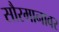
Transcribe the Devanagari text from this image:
सौरमानावर